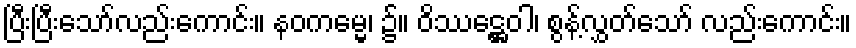
ပြီးပြီးသော်လည်းကောင်း။ နဝကမ္မေ၊ ၌။ ဝိဿဋ္ဌေဝါ၊ စွန့်လွှတ်သော် လည်းကောင်း။